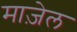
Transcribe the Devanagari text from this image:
माज़ेल